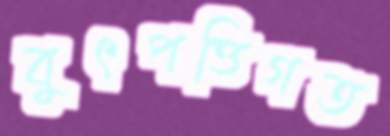
বুৎপত্তিগত